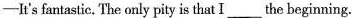
—It's fantastic. The only pity is that I ___ the beginning.